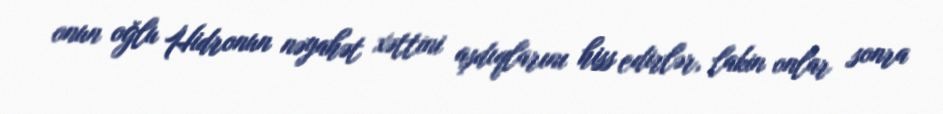
onun oğlu Hidronun nəyahət xəttini aşdıqlarını hiss edirlər, lakin onlar sonra